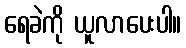
ရေခဲကို ယူလာပေးပါ။